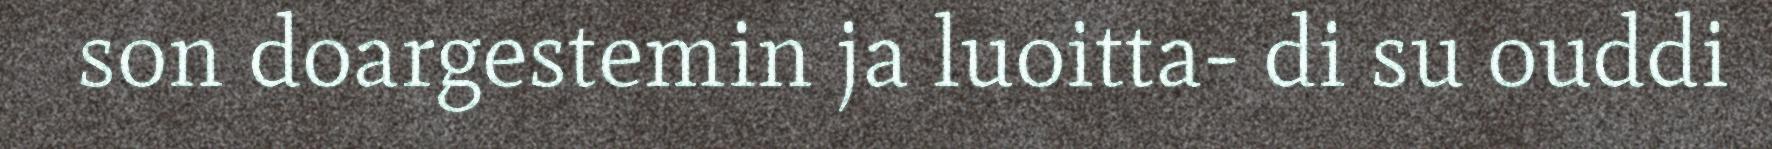
son doargestemin ja luoitta- di su ouddi